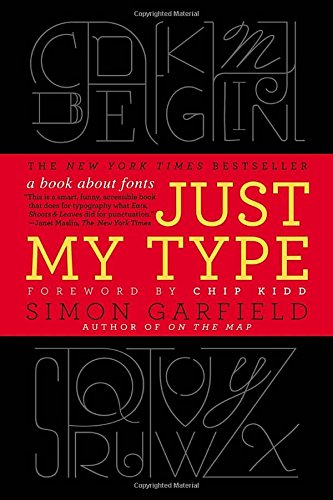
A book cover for Just My Type: A Book About Fonts; Simon Garfield; Arts & Photography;